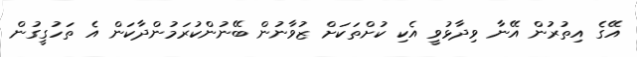
އޭގެ އިތުރުން އޭނާ ވިދާޅުވީ އެކި ކުށްތަކަށް ޒުވާނުން ބޭނުންކުރަމުންދާކަން އެ ތަހުގީގުން